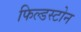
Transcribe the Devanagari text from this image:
फिल्डस्टोन